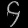
Digit: ၄